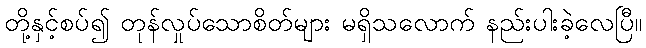
တို့နှင့်စပ်၍ တုန်လှုပ်သောစိတ်များ မရှိသလောက် နည်းပါးခဲ့လေပြီ။